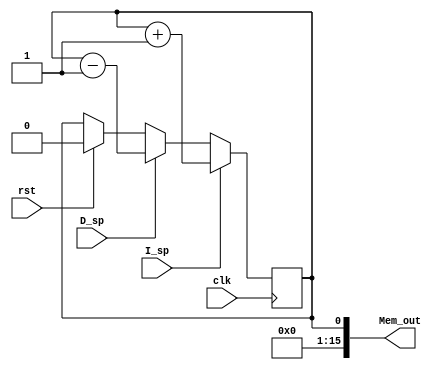
`timescale 1ns / 1ps
//////////////////////////////////////////////////////////////////////////////////
/*
* Copyright (c) 2023, Shiv Nadar University, Delhi NCR, India. All Rights
* Reserved. Permission to use, copy, modify and distribute this software for
* educational, research, and not-for-profit purposes, without fee and without a
* signed license agreement, is hereby granted, provided that this paragraph and
* the following two paragraphs appear in all copies, modifications, and
* distributions.
*
* IN NO EVENT SHALL SHIV NADAR UNIVERSITY BE LIABLE TO ANY PARTY FOR DIRECT,
* INDIRECT, SPECIAL, INCIDENTAL, OR CONSEQUENTIAL DAMAGES, INCLUDING LOST
* PROFITS, ARISING OUT OF THE USE OF THIS SOFTWARE.
*
* SHIV NADAR UNIVERSITY SPECIFICALLY DISCLAIMS ANY WARRANTIES, INCLUDING, BUT
* NOT LIMITED TO, THE IMPLIED WARRANTIES OF MERCHANTABILITY AND FITNESS FOR A
* PARTICULAR PURPOSE. THE SOFTWARE PROVIDED HEREUNDER IS PROVIDED "AS IS". SHIV
* NADAR UNIVERSITY HAS NO OBLIGATION TO PROVIDE MAINTENANCE, SUPPORT, UPDATES,
* ENHANCEMENTS, OR MODIFICATIONS.
*
* Revision History:
*            Date                  By                          Change Notes
* ----------------------- ---------------------- ------------------------------------------
*   31st October 2023            Devyam Seal                       Base Code
*   
*   
*                                                                                
*                                      
*   
*/
//////////////////////////////////////////////////////////////////////////////////


module StackPointer(input clk,
                    input rst,
                    input I_sp,
                    input D_sp,
                    output [15:0] Mem_out);

reg SP = 0; // Initialising

assign Mem_out = SP; // output is asynchronous

always @(posedge clk)
begin

    if(rst == 1'b1)
    begin
        SP <= 0;
    end    
        
    if (I_sp == 1'b1) // Increment control signal
    begin
        SP <= SP+1;
    end
    
    else if(D_sp == 1'b1) // Decrement control signal
    begin
        SP <= SP-1;
    end
    
 //   Mem_out = SP;  // Sending Stack Pointer value to memory
end
endmodule